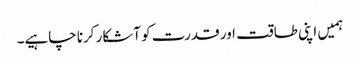
ہمیں اپنی طاقت اور قدرت کو آشکار کرنا چاہیے۔